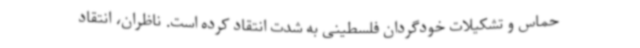
حماس و تشکیلات خودگردان فلسطینی به شدت انتقاد کرده است. ناظران، انتقاد